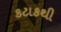
કટાકથી